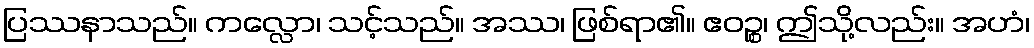
ပြဿနာသည်။ ကလ္လော၊ သင့်သည်။ အဿ၊ ဖြစ်ရာ၏။ ဧဝဉ္စ၊ ဤသို့လည်း။ အဟံ၊